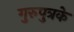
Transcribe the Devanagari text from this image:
गुरुपुत्रके